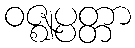
ဝဇ္ဈပ္ပတ္တာ